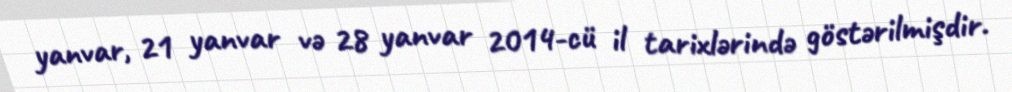
yanvar, 21 yanvar və 28 yanvar 2014-cü il tarixlərində göstərilmişdir.